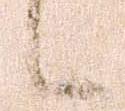
候